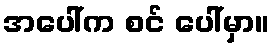
အပေါ်က စင် ပေါ်မှာ။